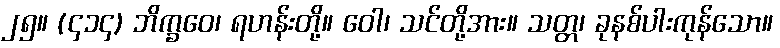
၂၅။ (၄၁၄) ဘိက္ခဝေ၊ ရဟန်းတို့။ ဝေါ၊ သင်တို့အား။ သတ္တ၊ ခုနစ်ပါးကုန်သော။